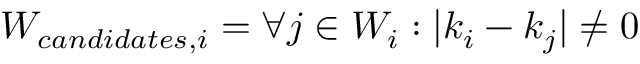
W _ { c a n d i d a t e s , i } = { \forall j \in W _ { i } : | k _ { i } - k _ { j } | \neq 0 }